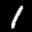
Label: 1